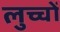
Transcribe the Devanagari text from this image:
लुच्चों